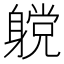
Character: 𲄪